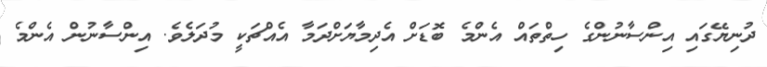
ދުނިޔޭގައި އިންސާނުންގެ ހިތްތައް އެންމެ ބޮޑަށް އެދިމާޔަށްދަމާ އެއްޗަކީ މުދަލެވެ. އިންސާނުން އެންމެ